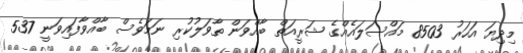
މިދިޔަ އަހަރު 8503 މައްސަލައެއްގެ ޝަރީއަތް ބާއްވަން ތާވަލުކުރި ނަމަވެސް ބާއްވާފައިވަނީ 537